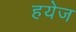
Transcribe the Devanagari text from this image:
हयेज